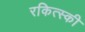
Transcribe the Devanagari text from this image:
रकित्स्की